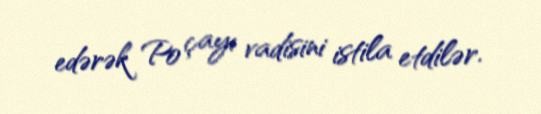
edərək Po çayı vadisini istila etdilər.